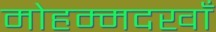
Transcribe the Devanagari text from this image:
मोहम्मदखाँ